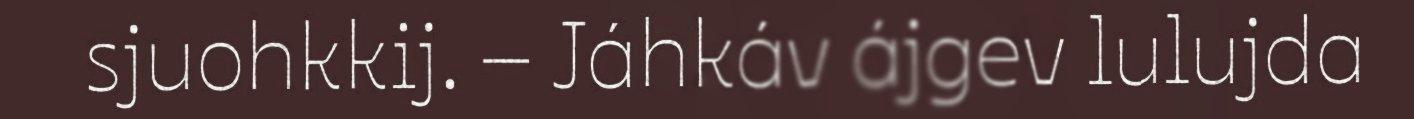
sjuohkkij. – Jáhkáv ájgev lulujda